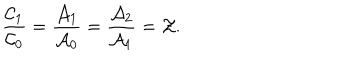
LaTeX: \frac { \mathcal { C } _ { 1 } } { \mathcal { C } _ { 0 } } = \frac { \mathcal { A } _ { 1 } } { \mathcal { A } _ { 0 } } = \frac { \mathcal { A } _ { 2 } } { \mathcal { A } _ { 1 } } = \mathcal { Z } .